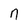
Character: n